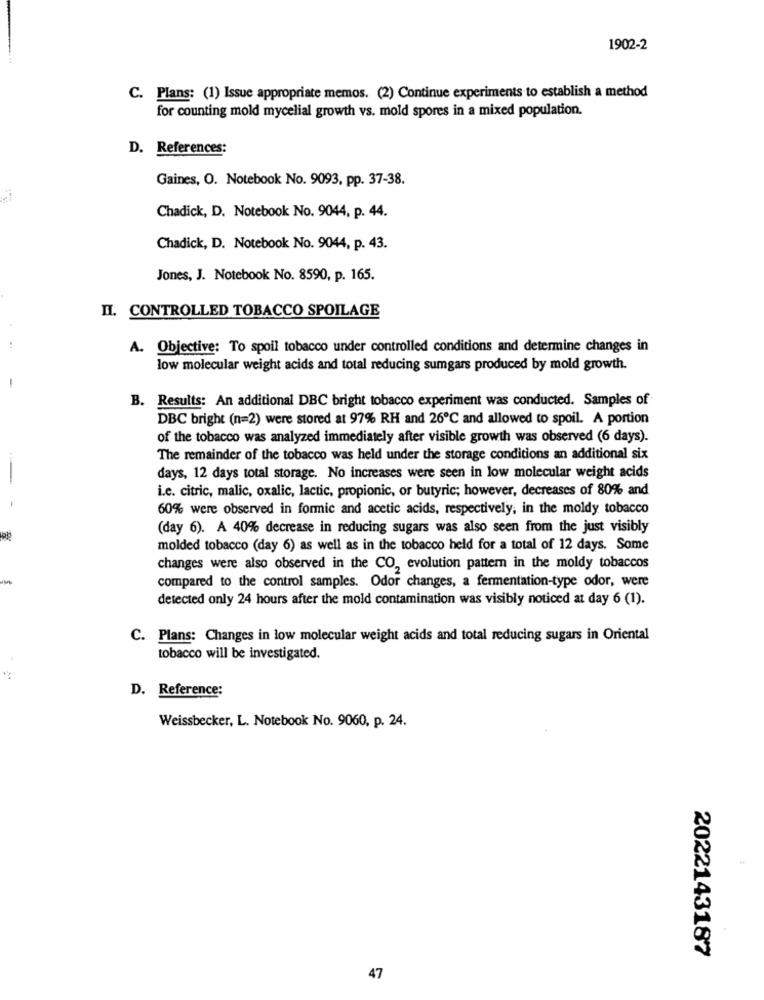
1902-2
C. Plans: (1) Issue appropriate memos. (2) Continue experiments to establish a method
for counting mold mycelial growth vs. mold spores in a mixed population.
D. References:
Gaines, O. Notebook No. 9093, pp. 37-38.
Chadick, D. Notebook No. 9044, p. 44.
Chadick, D. Notebook No. 9044, p. 43.
Jones, J. Notebook No. 8590, p. 165.
II. CONTROLLED TOBACCO SPOILAGE
A. Objective: To spoil tobacco under controlled conditions and determine changes in
low molecular weight acids and total reducing sumgars produced by mold growth.
B. Results: An additional DBC bright tobacco experiment was conducted. Samples of
DBC bright (n=2) were stored at 97% RH and 26℃ and allowed to spoil. A portion
of the tobacco was analyzed immediately after visible growth was observed (6 days).
The remainder of the tobacco was held under the storage conditions an additional six
days, 12 days total storage. No increases were seen in low molecular weight acids
i.c. citric, malic, oxalic, lactic, propionic, or butyric; however, decreases of 80% and
60% were observed in formic and acetic acids, respectively, in the moldy tobacco
(day 6). A 40% decrease in reducing sugars was also seen from the just visibly
molded tobacco (day 6) as well as in the tobacco held for a total of 12 days. Some
changes were also observed in the CO, evolution pattern in the moldy tobaccos
compared to the control samples. Odor changes, a fermentation-type odor, were
detected only 24 hours after the mold contamination was visibly noticed at day 6 (1).
C. Plans: Changes in low molecular weight acids and total reducing sugars in Oriental
tobacco will be investigated.
D. Reference:
Weissbecker, L. Notebook No. 9060, p. 24.
2022143187
47